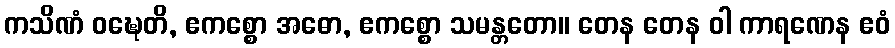
ကသိဏံ ဝဍ္ဎေတိ, ဧကစ္စော အဓော, ဧကစ္စော သမန္တတော။ တေန တေန ဝါ ကာရဏေန ဧဝံ